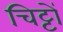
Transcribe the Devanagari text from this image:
चिट्टों